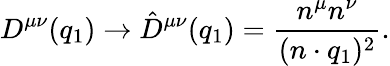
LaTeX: D^{\mu\nu}(q_{1})\to\hat{D}^{\mu\nu}(q_{1})=\frac{n^{\mu}n^{\nu}}{(n\cdot q_{1})^{2}}.